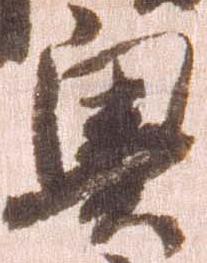
奥